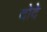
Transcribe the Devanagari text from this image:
दोदे